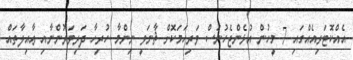
އެއްކޮޓަރިއެއްގައި 7 މީހުން އުޅެންޖެހުނަސް ވަރިހަމަކޮށް ޘާނަވީ ނިންމާ ހުރިހާ ދަރިވަރުންނާއި ޢާއިލާތައް